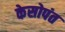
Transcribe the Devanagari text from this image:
केसोपंत